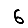
Digit: 6